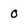
Character: 0